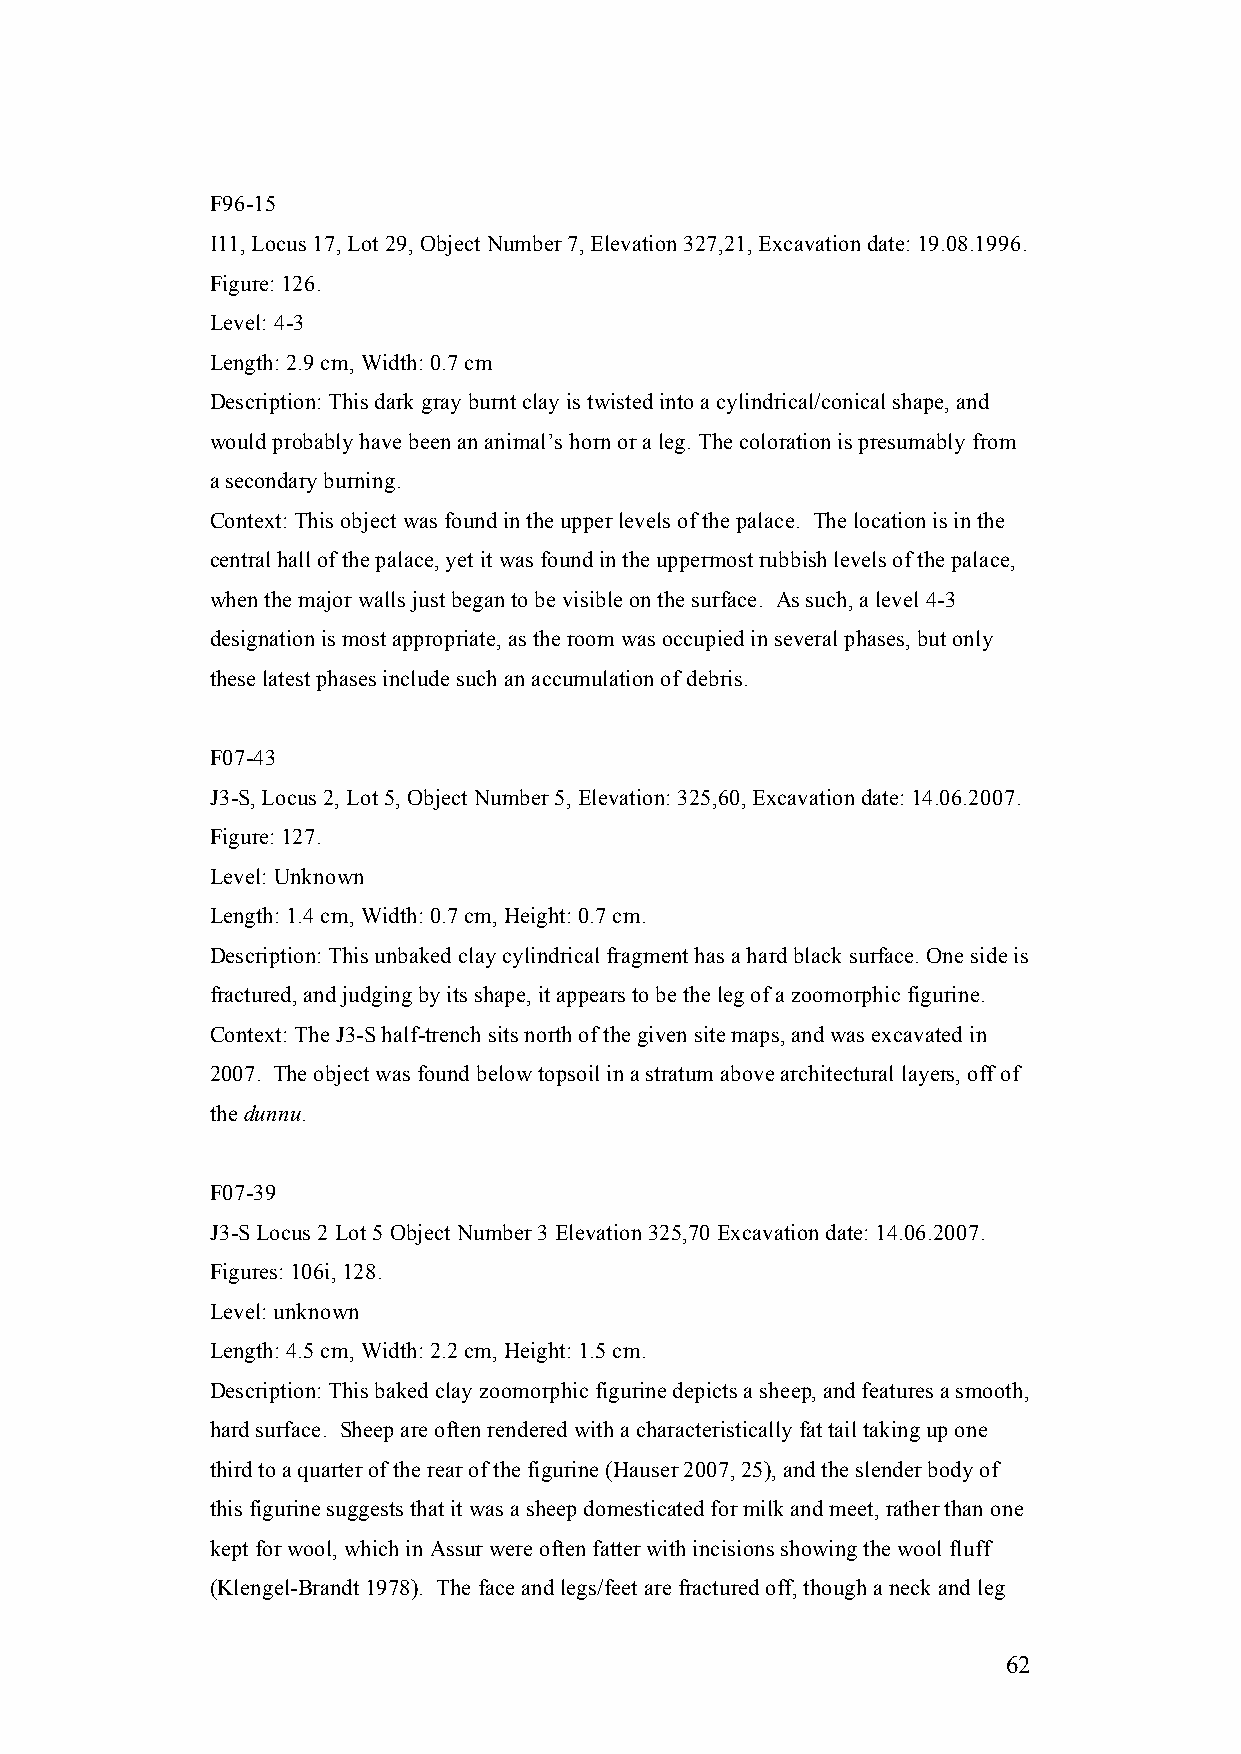
F96-15
 I11, Locus 17, Lot 29, Object Number 7, Elevation 327,21, Excavation date: 19.08.1996.
 Figure: 126.
 Level: 4-3
 Length: 2.9 cm, Width: 0.7 cm
 Description: This dark gray burnt clay is twisted into a cylindrical/conical shape, and
 would probably have been an animal’s horn or a leg. The coloration is presumably from
 a secondary burning.
 Context: This object was found in the upper levels of the palace. The location is in the
 central hall of the palace, yet it was found in the uppermost rubbish levels of the palace,
 when the major walls just began to be visible on the surface. As such, a level 4-3
 designation is most appropriate, as the room was occupied in several phases, but only
 these latest phases include such an accumulation of debris.
 F07-43
 J3-S, Locus 2, Lot 5, Object Number 5, Elevation: 325,60, Excavation date: 14.06.2007.
 Figure: 127.
 Level: Unknown
 Length: 1.4 cm, Width: 0.7 cm, Height: 0.7 cm.
 Description: This unbaked clay cylindrical fragment has a hard black surface. One side is
 fractured, and judging by its shape, it appears to be the leg of a zoomorphic figurine.
 Context: The J3-S half-trench sits north of the given site maps, and was excavated in
 2007. The object was found below topsoil in a stratum above architectural layers, off of
 the dunnu.
 F07-39
 J3-S Locus 2 Lot 5 Object Number 3 Elevation 325,70 Excavation date: 14.06.2007.
 Figures: 106i, 128.
 Level: unknown
 Length: 4.5 cm, Width: 2.2 cm, Height: 1.5 cm.
 Description: This baked clay zoomorphic figurine depicts a sheep, and features a smooth,
 hard surface. Sheep are often rendered with a characteristically fat tail taking up one
 third to a quarter of the rear of the figurine (Hauser 2007, 25), and the slender body of
 this figurine suggests that it was a sheep domesticated for milk and meet, rather than one
 kept for wool, which in Assur were often fatter with incisions showing the wool fluff
 (Klengel-Brandt 1978). The face and legs/feet are fractured off, though a neck and leg
 62